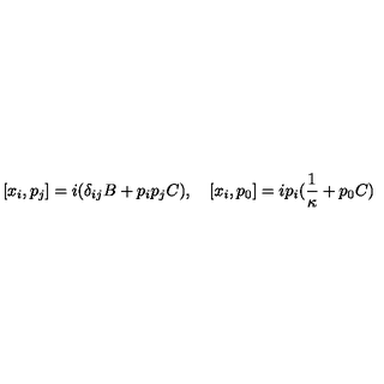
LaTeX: [ x _ { i } , p _ { j } ] = i ( \delta _ { i j } B + p _ { i } p _ { j } C ) , \quad [ x _ { i } , p _ { 0 } ] = i p _ { i } ( \frac { 1 } { \kappa } + p _ { 0 } C )